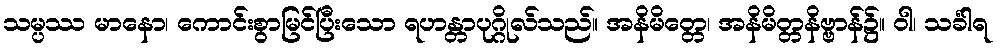
သမ္ပဿ မာနော၊ ကောင်းစွာမြင်ပြီးသော ရဟန္တာပုဂ္ဂိုလ်သည်။ အနိမိတ္တေ၊ အနိမိတ္တနိဗ္ဗာန်၌။ ဝါ၊ သင်္ခါရ